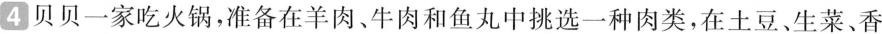
4贝贝一家吃火锅，准备在羊肉、牛肉和鱼丸中挑选一种肉类，在土豆、生菜、香